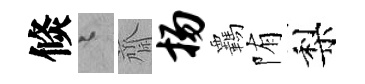
倐迢齋扬覊陏梨